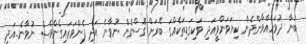
ބުނާ ދުވަހެއްވާންދެން ކިޔަވަންވީއަދި ވަކިގަޑިތަކެއްގަ ބޭރަށް ގޮސްގެން ނުވާނެ އަދި ފެންވަރައިގެންވެސް ނުވާނެ..އަދި